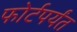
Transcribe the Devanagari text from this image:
फोर्टपर्यंत